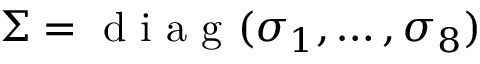
\boldsymbol { \Sigma } = \mathrm { ~ d ~ i ~ a ~ g ~ } ( \sigma _ { 1 } , \dots , \sigma _ { 8 } )